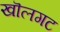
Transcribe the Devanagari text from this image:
खॊलगट